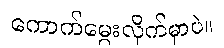
ကောက်မွေးလိုက်မှာပဲ။